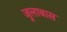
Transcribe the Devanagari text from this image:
जुलाबास